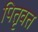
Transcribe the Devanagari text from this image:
पितृवत्त